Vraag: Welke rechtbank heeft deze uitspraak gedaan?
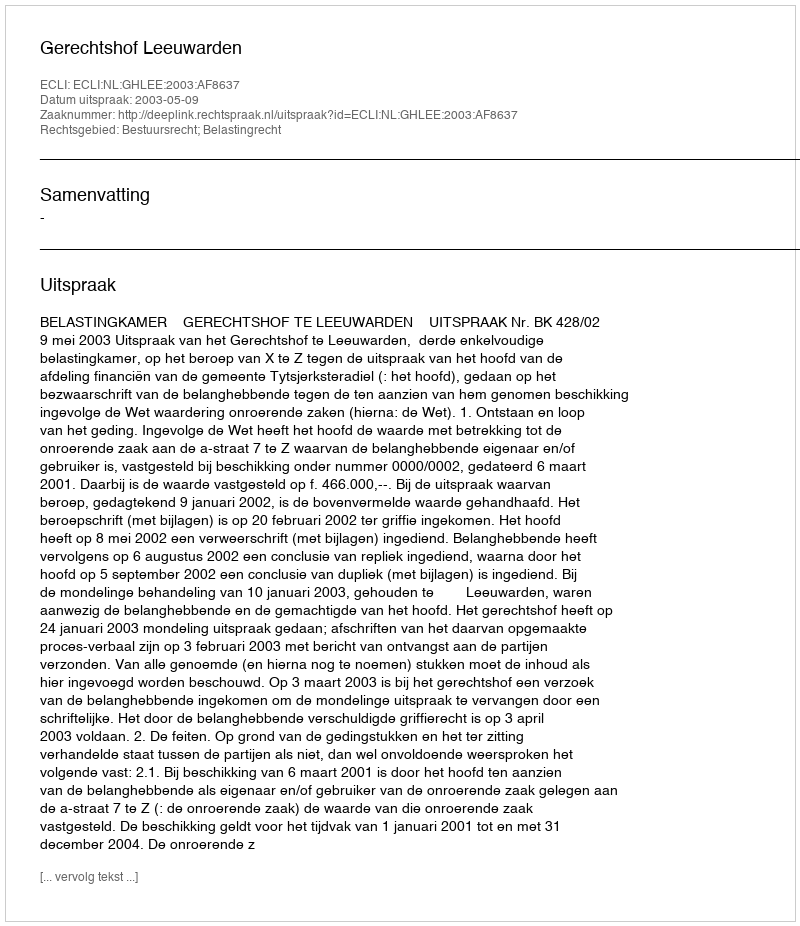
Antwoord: Gerechtshof Leeuwarden